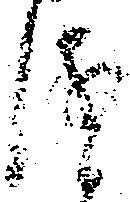
儀